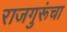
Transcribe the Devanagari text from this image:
राजगुरूंचा